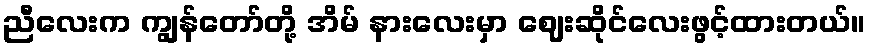
ညီလေးက ကျွန်တော်တို့ အိမ် နားလေးမှာ ဈေးဆိုင်လေးဖွင့်ထားတယ်။